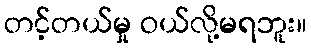
တင့်တယ်မှု ဝယ်လို့မရဘူး။